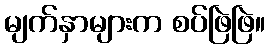
မျက်နှာများက စပ်ဖြဲဖြဲ။